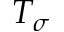
T _ { \sigma }